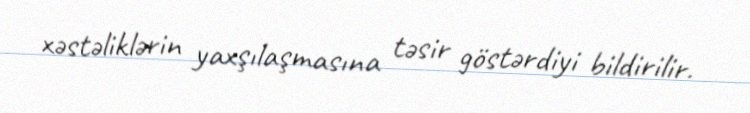
xəstəliklərin yaxşılaşmasına təsir göstərdiyi bildirilir.